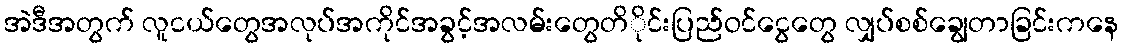
အဲဒီအတွက် လူငယ်တွေအလုပ်အကိုင်အခွင့်အလမ်းတွေတိိုင်းပြည်ဝင်ငွေတွေ လျှပ်စစ်ချွေတာခြင်းကနေ